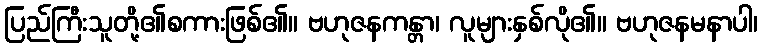
ပြည်ကြီးသူတို့၏စကားဖြစ်၏။ ဗဟုဇနကန္တာ၊ လူများနှစ်လို၏။ ဗဟုဇနမနာပါ၊